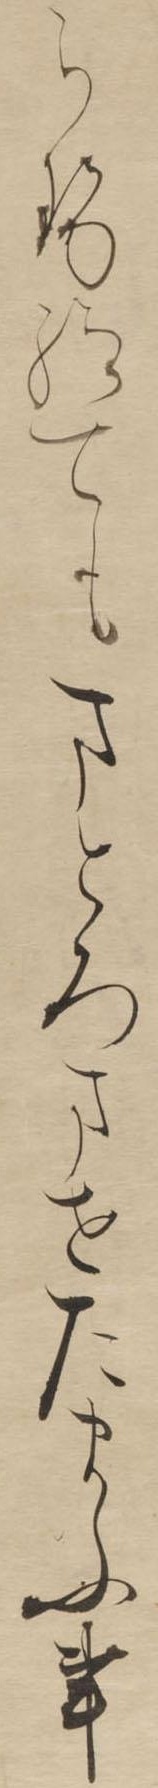
らせ給てもまとろませたまふ事